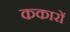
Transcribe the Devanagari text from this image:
ककारों